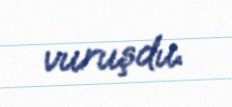
vuruşdu.